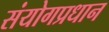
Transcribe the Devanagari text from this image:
संयोगप्रधान